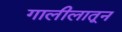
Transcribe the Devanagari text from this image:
गालीलातून